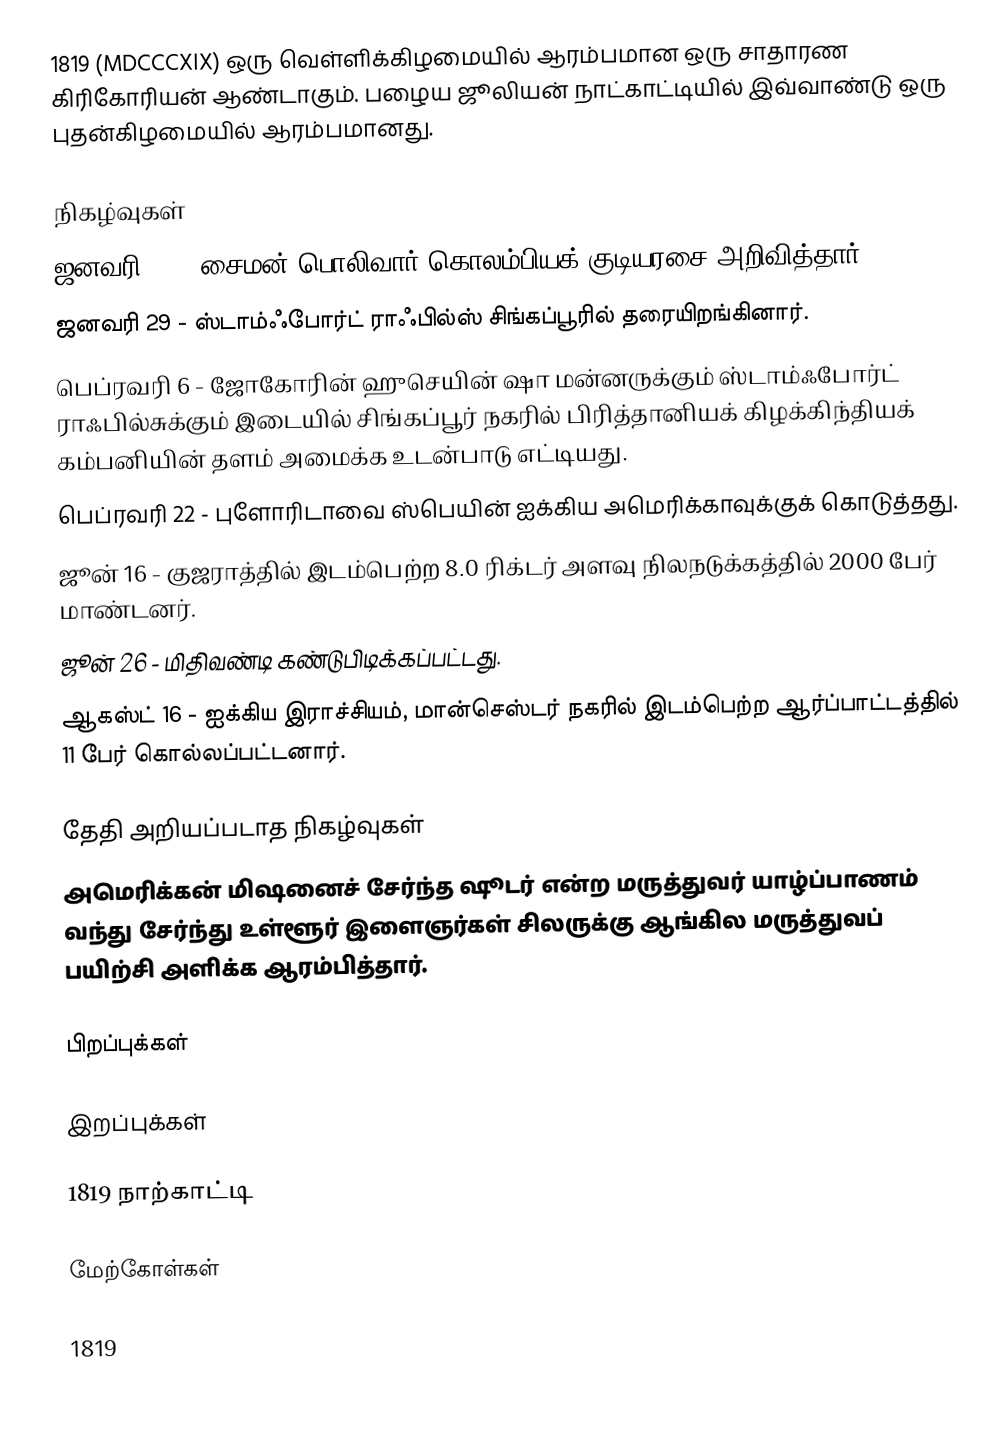
1819  (MDCCCXIX) ஒரு வெள்ளிக்கிழமையில் ஆரம்பமான ஒரு சாதாரண கிரிகோரியன் ஆண்டாகும். பழைய ஜூலியன் நாட்காட்டியில் இவ்வாண்டு ஒரு புதன்கிழமையில் ஆரம்பமானது.

நிகழ்வுகள்
 ஜனவரி 17 - சைமன் பொலிவார் கொலம்பியக் குடியரசை அறிவித்தார்.
 ஜனவரி 29 - ஸ்டாம்ஃபோர்ட் ராஃபில்ஸ் சிங்கப்பூரில் தரையிறங்கினார்.
 பெப்ரவரி 6 - ஜோகோரின் ஹுசெயின் ஷா மன்னருக்கும் ஸ்டாம்ஃபோர்ட் ராஃபில்சுக்கும் இடையில் சிங்கப்பூர் நகரில் பிரித்தானியக் கிழக்கிந்தியக் கம்பனியின் தளம் அமைக்க உடன்பாடு எட்டியது.
 பெப்ரவரி 22 - புளோரிடாவை ஸ்பெயின் ஐக்கிய அமெரிக்காவுக்குக் கொடுத்தது.
 ஜூன் 16 - குஜராத்தில் இடம்பெற்ற 8.0 ரிக்டர் அளவு நிலநடுக்கத்தில் 2000 பேர் மாண்டனர்.
 ஜூன் 26 - மிதிவண்டி கண்டுபிடிக்கப்பட்டது.
 ஆகஸ்ட் 16 - ஐக்கிய இராச்சியம், மான்செஸ்டர் நகரில் இடம்பெற்ற ஆர்ப்பாட்டத்தில் 11 பேர் கொல்லப்பட்டனார்.

தேதி அறியப்படாத நிகழ்வுகள்
 அமெரிக்கன் மிஷனைச் சேர்ந்த ஷூடர் என்ற மருத்துவர் யாழ்ப்பாணம் வந்து சேர்ந்து உள்ளூர் இளைஞர்கள் சிலருக்கு ஆங்கில மருத்துவப் பயிற்சி அளிக்க ஆரம்பித்தார்.

பிறப்புக்கள்

இறப்புக்கள்

1819 நாற்காட்டி

மேற்கோள்கள்

1819